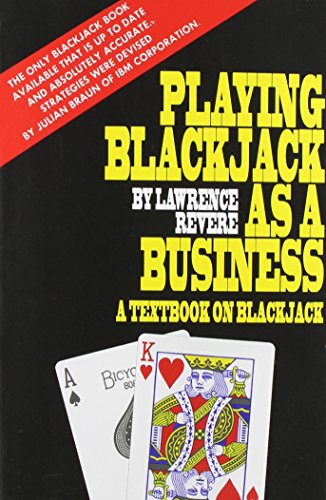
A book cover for Playing Blackjack as a Business; Lawrence Revere; Humor & Entertainment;